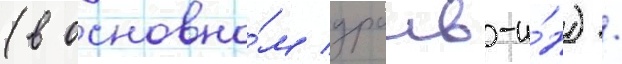
(в основно́м драив-и́н) /